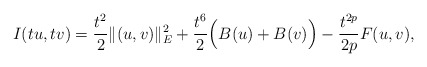
\begin{align*}I(tu,tv)=\frac{t^{2}}{2}\|(u,v)\|_{E}^{2}+\frac{t^{6}}{2}\Big(B(u)+B(v)\Big)-\frac{t^{2p}}{2p}F(u,v),\end{align*}